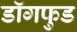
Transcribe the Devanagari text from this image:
डॉगफुड